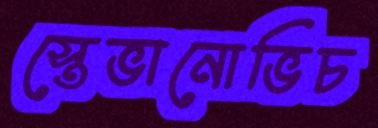
স্তেভানোভিচ